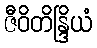
ဇီဝိတိန္ဒြိယံ